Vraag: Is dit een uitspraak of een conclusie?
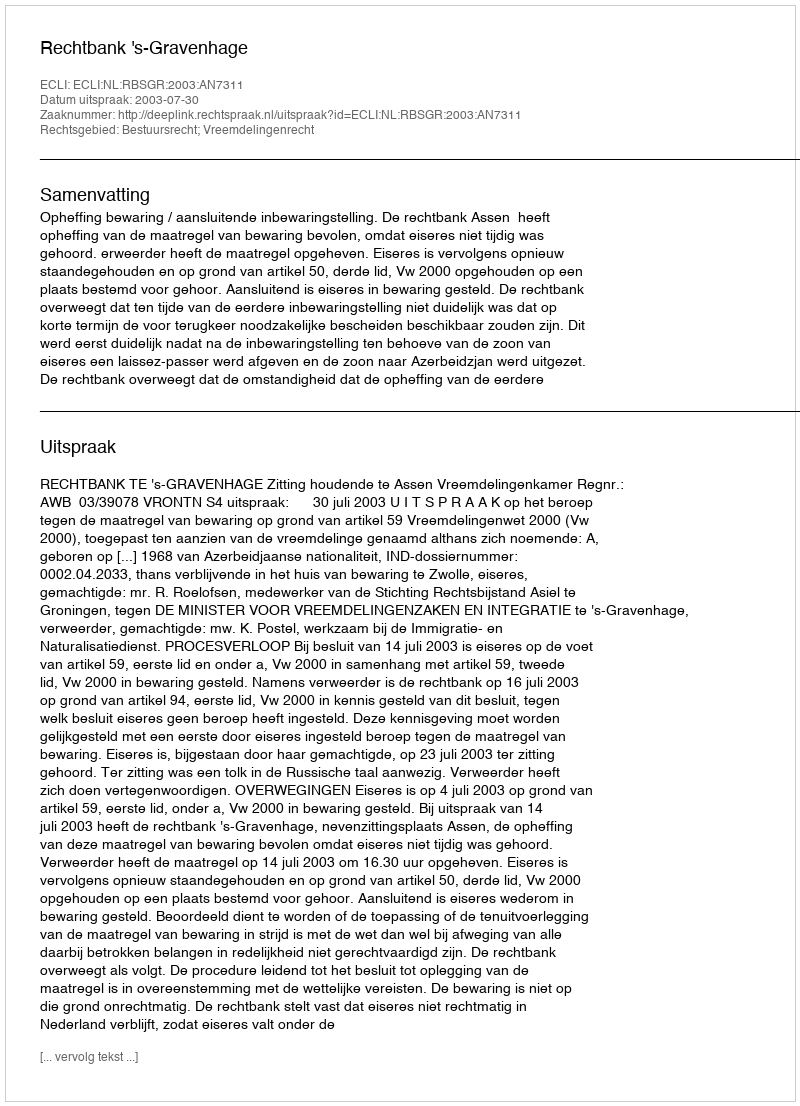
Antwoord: Uitspraak